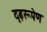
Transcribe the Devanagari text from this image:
दृढ़रूपेण